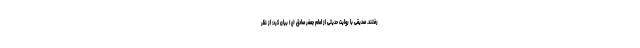
رفتند. صدیقی با روایت حدیثی از امام جعفر صادق (ع) بیان کرد: از نظر